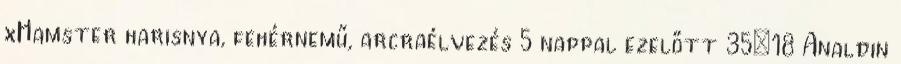
xHamster harisnya, fehérnemű, arcraélvezés 5 nappal ezelőtt 35:18 Analdin